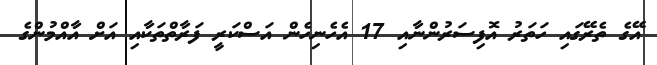
އޭގެ ތެރޭގައި ހަތަރު އޮފިސަރުންނާއި 17 އެހެނިހެން އަސްކަރީ ފަރާތްތަކާއި އަށް އާއްމުންގެ